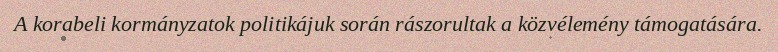
A korabeli kormányzatok politikájuk során rászorultak a közvélemény támogatására.